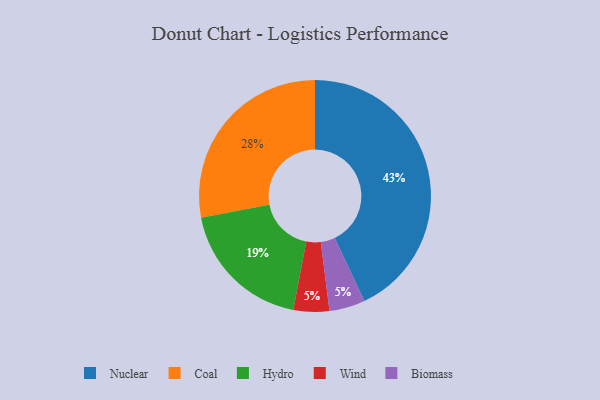
{"axis": {"x": "Category", "y": "Percentage"}, "legend": ["Biomass", "Coal", "Hydro", "Nuclear", "Wind"], "data": [{"x": "Hydro", "y": 19, "type": "Hydro"}, {"x": "Wind", "y": 5, "type": "Wind"}, {"x": "Biomass", "y": 5, "type": "Biomass"}, {"x": "Coal", "y": 28, "type": "Coal"}, {"x": "Nuclear", "y": 43, "type": "Nuclear"}]}